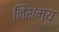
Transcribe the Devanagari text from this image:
निशमय